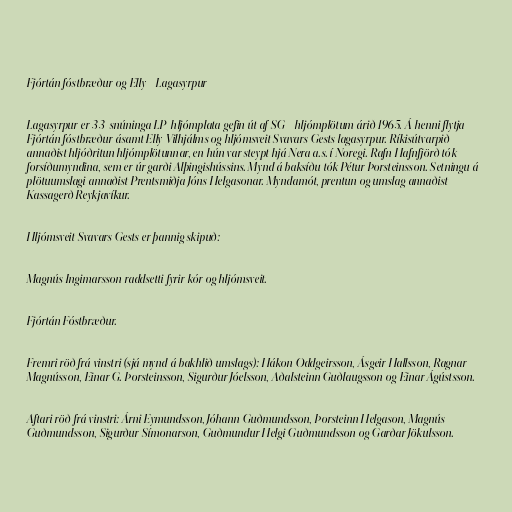
Fjórtán fóstbræður og Elly - Lagasyrpur

Lagasyrpur er 33-snúninga LP-hljómplata gefin út af SG - hljómplötum árið 1965. Á henni flytja
Fjórtán fóstbræður ásamt Elly Vilhjálms og hljómsveit Svavars Gests lagasyrpur. Ríkisútvarpið
annaðist hljóðritun hljómplötunnar, en hún var steypt hjá Nera a.s. í Noregi. Rafn Hafnfjörð tók
forsíðumyndina, sem er úr garði Alþingishússins. Mynd á baksíðu tók Pétur Þorsteinsson. Setningu á
plötuumslagi annaðist Prentsmiðja Jóns Helgasonar. Myndamót, prentun og umslag annaðist
Kassagerð Reykjavíkur.

Hljómsveit Svavars Gests er þannig skipuð:

Magnús Ingimarsson raddsetti fyrir kór og hljómsveit.

Fjórtán Fóstbræður.

Fremri röð frá vinstri (sjá mynd á bakhlið umslags): Hákon Oddgeirsson, Ásgeir Hallsson, Ragnar
Magnússon, Einar G. Þorsteinsson, Sigurður Jóelsson, Aðalsteinn Guðlaugsson og Einar Ágústsson.

Aftari röð frá vinstri: Árni Eymundsson, Jóhann Guðmundsson, Þorsteinn Helgason, Magnús
Guðmundsson, Sigurður Símonarson, Guðmundur Helgi Guðmundsson og Garðar Jökulsson.